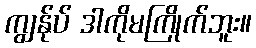
ကျွန်ုပ် ဒါကိုမကြိုက်ဘူး။